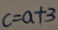
c = a + 3